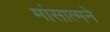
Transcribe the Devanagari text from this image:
मांसात्मने